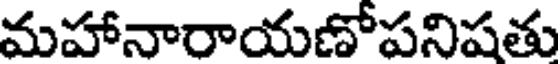
మహానారాయణోపనిషతు